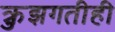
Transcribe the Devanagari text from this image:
क्रुझगतीही